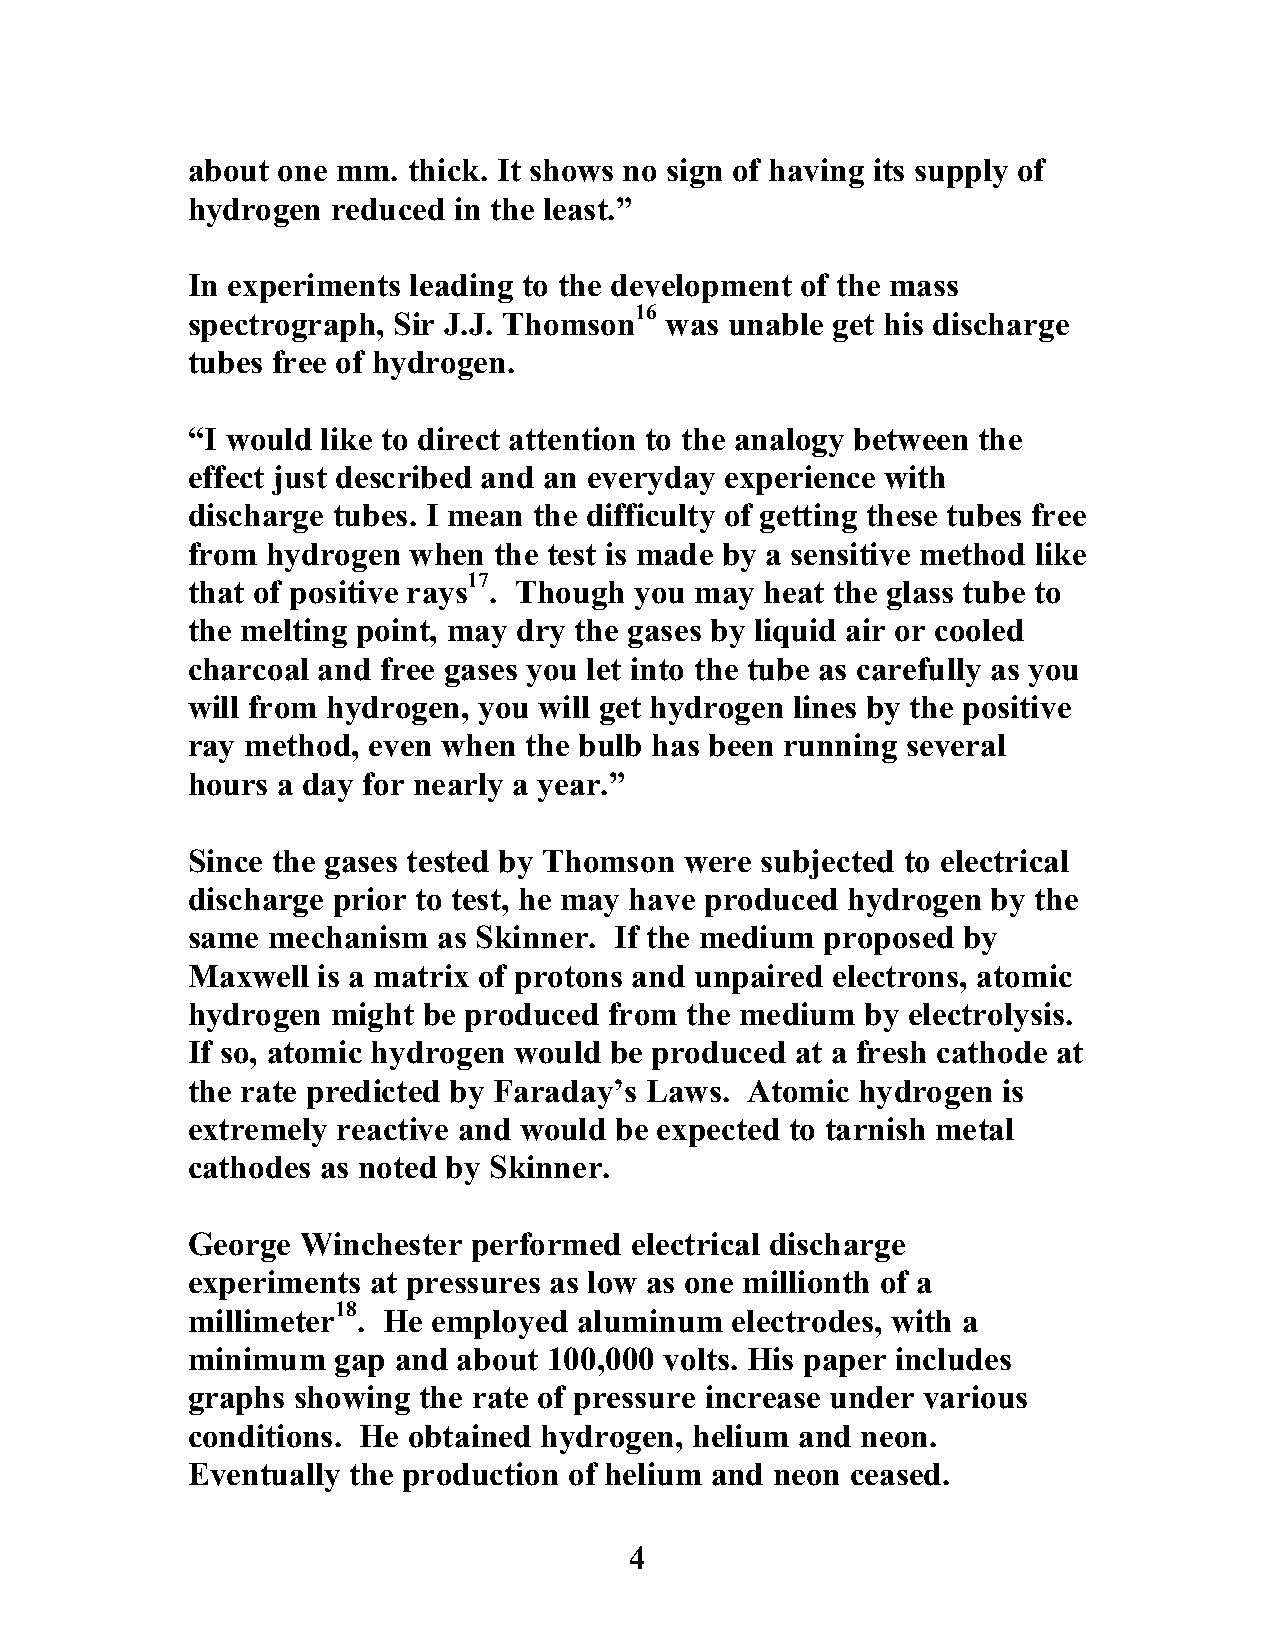
about one mm.  thick. It shows no sign of having its supply of
 hydrogen  reduced in the least.”
 In experiments leading to the development of the mass
 16
 spectrograph, Sir J.J. Thomson  was unable get his discharge
 tubes free of hydrogen.
 “I would like to direct attention to the analogy between the
 effect just described and an everyday experience with
 discharge tubes. I mean the difficulty of getting these tubes free
 from  hydrogen when  the test is made by a sensitive method like
 17
 that of positive rays . Though you may heat the glass tube to
 the melting point, may dry the gases by liquid air or cooled
 charcoal and free gases you let into the tube as carefully as you
 will from hydrogen, you will get hydrogen lines by the positive
 ray method, even when  the bulb has been running several
 hours a day for nearly a year.”
 Since the gases tested by Thomson were subjected to electrical
 discharge prior to test, he may have produced hydrogen by the
 same  mechanism  as Skinner. If the medium proposed by
 Maxwell  is a matrix of protons and unpaired electrons, atomic
 hydrogen  might be produced from the medium  by electrolysis.
 If so, atomic hydrogen would be produced at a fresh cathode at
 the rate predicted by Faraday’s Laws. Atomic hydrogen is
 extremely reactive and would be expected to tarnish metal
 cathodes as noted by Skinner.
 George  Winchester performed  electrical discharge
 experiments at pressures as low as one millionth of a
 18
 millimeter  . He employed aluminum  electrodes, with a
 minimum   gap and about 100,000 volts. His paper includes
 graphs showing  the rate of pressure increase under various
 conditions. He obtained hydrogen, helium and neon.
 Eventually the production of helium and neon ceased.
 4